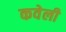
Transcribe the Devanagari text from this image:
कवेली